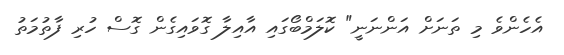
އެހެންވެ މި ތަނަށް އަންނަނީ" ކޮލަމްބޯގައި އާއިލާ ގޮވައިގެން ގޮސް ހުރި ފާތުމަތު